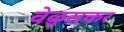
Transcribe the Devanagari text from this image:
वेळुसकर